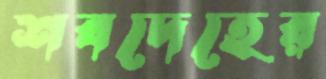
শবদেহের